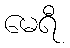
မေရီ